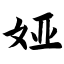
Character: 娅